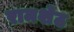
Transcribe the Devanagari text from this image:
रामशेठ